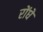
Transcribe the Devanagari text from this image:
रोंघे